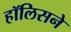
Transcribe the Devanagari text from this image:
हॉलिसने